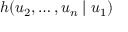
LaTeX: h ( u _ { 2 } , \dots , u _ { n } \mid u _ { 1 } )